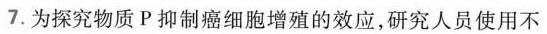
7.为探究物质P抑制癌细胞增殖的效应，研究人员使用不